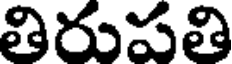
తిరుపతి